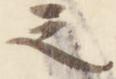
之